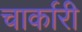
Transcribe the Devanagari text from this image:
चार्कारी